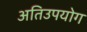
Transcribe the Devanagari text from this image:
अतिउपयोग